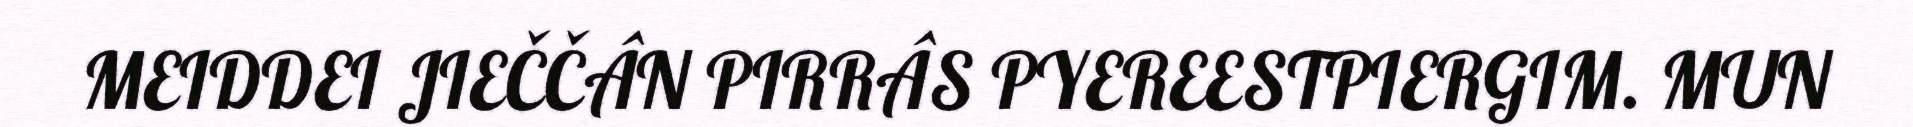
MEIDDEI JIEČČÂN PIRRÂS PYEREESTPIERGIM. MUN